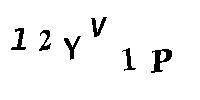
12YV1P